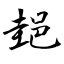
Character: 郌